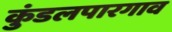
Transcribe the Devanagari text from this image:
कुंडलपारगाव